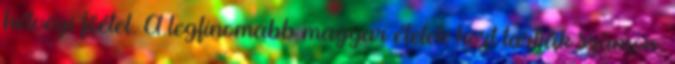
hétvégi főétel. A legfinomabb magyar ételek közt tartják számon.